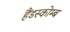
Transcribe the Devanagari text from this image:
हैंडस्कोम्ब